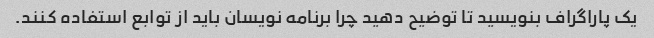
یک پاراگراف بنویسید تا توضیح دهید چرا برنامه نویسان باید از توابع استفاده کنند.